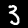
Digit: 3